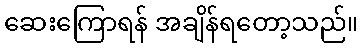
ဆေးကြောရန် အချိန်ရတော့သည်။